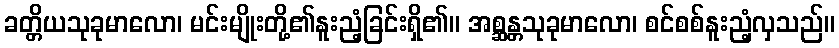
ခတ္တိယသုခုမာလော၊ မင်းမျိုးတို့၏နူးညံ့ခြင်းရှိ၏။ အစ္ဆန္တသုခုမာလော၊ စင်စစ်နူးညံ့လှသည်။